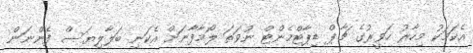
އެކަމަކު މިހާރު ހަވީރުގެ ޗާޕް ޑިޕާޓްމެންޓް ނުވަތަ ލޯމާފާނަށް އެކަނި ބަލާލިޔަސް ފެންނަން